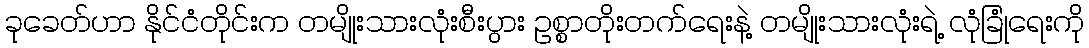
ခုခေတ်ဟာ နိုင်ငံတိုင်းက တမျိုးသားလုံးစီးပွား ဥစ္စာတိုးတက်ရေးနဲ့ တမျိုးသားလုံးရဲ့ လုံခြုံရေးကို